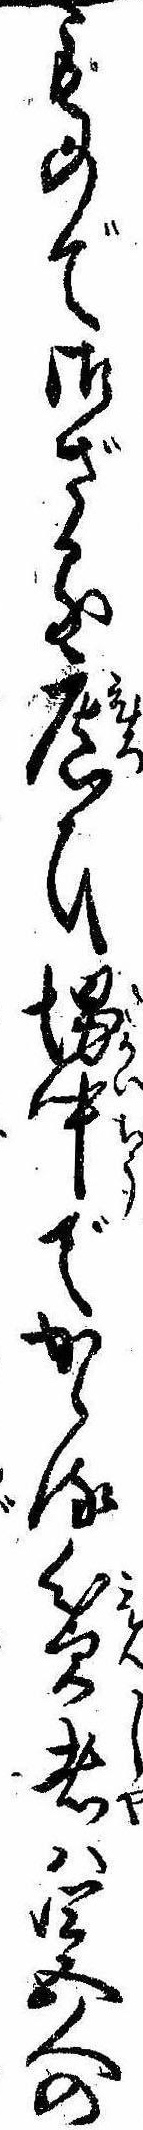
もので御ざる広ひ堺中でかゝる貧者は四五人の